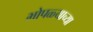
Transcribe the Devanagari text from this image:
भोपळ्याच्या